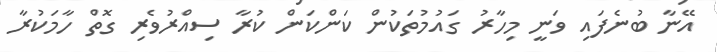
އޭނާ ބުނެފައި ވަނީ މިހާރު ގައުމުތަކުން ކަންކަން ކުރާ ސިއްރުވެރި ގޮތް ހާމަކުރާ